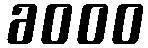
6000